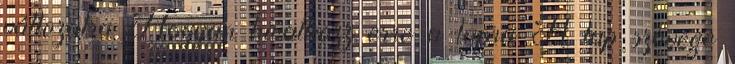
változatra Hogyan hivatkozz erre a lapra A lap szövege